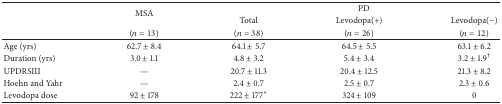
<table><thead><tr><td><b> </b></td><td rowspan="2"><b>MSA</b></td><td colspan="3"><b>PD</b></td></tr><tr><td><b> </b></td><td><b>Total</b></td><td><b>Levodopa(+)</b></td><td><b>Levodopa(−)</b></td></tr><tr><td><b> </b></td><td><b>(<i>n</i> = 13)</b></td><td><b>(<i>n</i> = 38)</b></td><td><b>(<i>n</i> = 26)</b></td><td><b>(<i>n</i> = 12)</b></td></tr></thead><tbody><tr><td>Age (yrs)</td><td>62.7 ± 8.4</td><td>64.1 ± 5.7</td><td>64.5 ± 5.5</td><td>63.1 ± 6.2</td></tr><tr><td>Duration (yrs)</td><td>3.0 ± 1.1</td><td>4.8 ± 3.2</td><td>5.4 ± 3.4</td><td>3.2 ± 1.9<sup>†</sup></td></tr><tr><td>UPDRSIII</td><td>—</td><td>20.7 ± 11.3</td><td>20.4 ± 12.5</td><td>21.3 ± 8.2</td></tr><tr><td>Hoehn and Yahr</td><td>—</td><td>2.4 ± 0.7</td><td>2.5 ± 0.7</td><td>2.3 ± 0.6</td></tr><tr><td>Levodopa dose</td><td>92 ± 178</td><td>222 ± 177<sup>∗</sup></td><td>324 ± 109</td><td>0</td></tr></tbody></table>